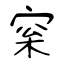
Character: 梥